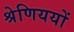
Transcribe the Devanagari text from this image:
श्रेणिययों